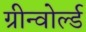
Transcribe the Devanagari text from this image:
ग्रीन्वोर्ल्ड